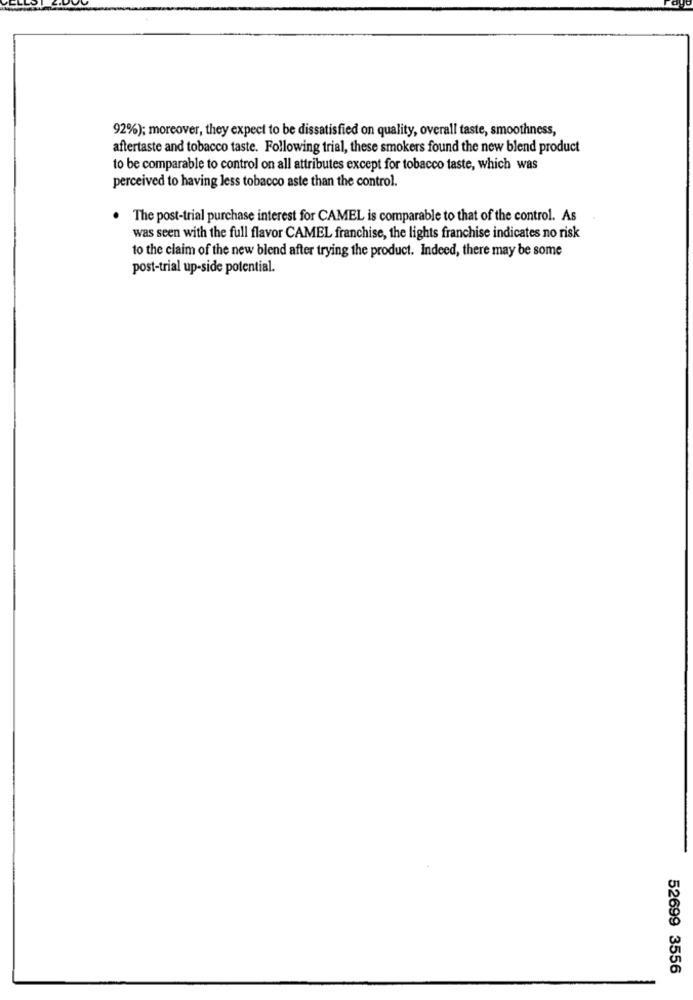
92%); moreover, they expect to be dissatisfied on quality, overall taste, smoothness,
aftertaste and tobacco taste. Following trial, these smokers found the new blend product
to be comparable to control on all attributes except for tobacco taste, which was
perceived to having less tobacco aste than the control.
. The post-trial purchase interest for CAMEL is comparable to that of the control. As
was seen with the full flavor CAMEL franchise, the lights franchise indicates no risk
to the claim of the new blend after trying the product. Indeed, there may be some
post-trial up-side potential.
52699 3556